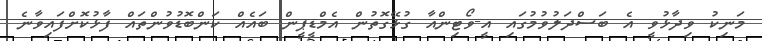
މަނިކު ވިދާޅުވީ އެ ބަސްދަލުވުމުގައި އީ-ވޯޓިންއާ ގުޅޭގޮތުން އެމްޑީޕީން ބައެއް ކަންބޮޑުވުންތައް ފާޅުކޮށްފައިވާނެ